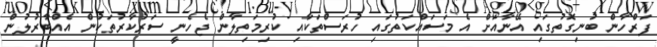
ފަރްހާން ބުނިގޮތުގައި އޭނާއަށް އެ މަސައްކަތުގައި ހުރަސްތަކާއި ކުރިމަތިލާން ޖެހެނީ ސަރުކާރުތަކުން އެއްބާރުލުން